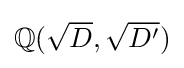
{\textstyle \mathbb {Q} ({\sqrt {D}},{\sqrt {D'}})}